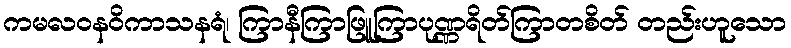
ကမလဝနဝိကာသနရံ၊ ကြာနီကြာဖြူကြာပုဏ္ဏရိတ်ကြာတစိတ် တည်းဟူသော